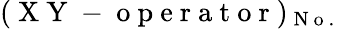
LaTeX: (\mathrm{~X~Y~-~o~p~e~r~a~t~o~r~})_{\mathrm{~N~o~.~}}